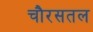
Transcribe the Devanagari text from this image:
चौरसतल